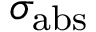
\sigma _ { \mathrm { a b s } }